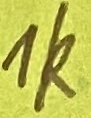
Text: 1K